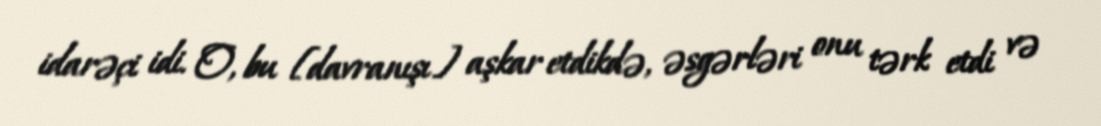
idarəçi idi. O, bu [davranışı] aşkar etdikdə, əsgərləri onu tərk etdi və